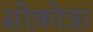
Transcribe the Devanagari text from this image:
सोक़ोत्रा